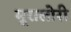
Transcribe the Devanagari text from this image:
मूरालोरी